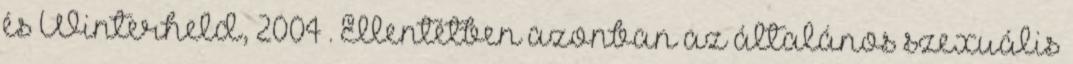
és Winterheld, 2004 . Ellentétben azonban az általános szexuális